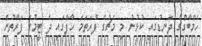
ހެމްބާގްގެ ދަނޑުގައި ކުޅުނު މި މެޗުގެ ފުރަތަމަ ހާފްގައި ދެ ޓީމުގެ ފަރާތުން